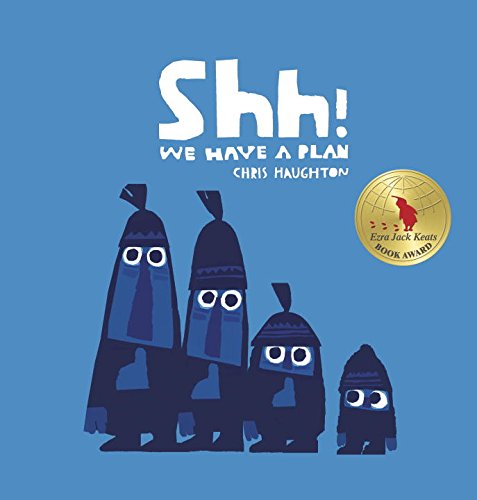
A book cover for Shh! We Have a Plan (Irma S and James H Black Honor for Excellence in Children's Literature (Awards)); Chris Haughton; Children's Books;